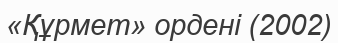
«Құрмет» ордені (2002)